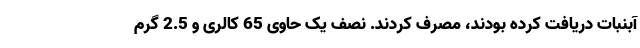
آبنبات دریافت کرده بودند، مصرف کردند. نصف یک حاوی 65 کالری و 2.5 گرم